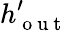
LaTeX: h_{\mathrm{~o~u~t~}}^{\prime}